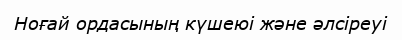
Ноғай ордасының күшеюі және әлсіреуі